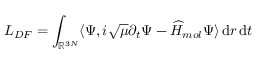
L _ { D F } = \int _ { \ensuremath { \mathbb { R } } ^ { 3 N } } \langle \Psi , i \sqrt { \mu } \partial _ { t } \Psi - \widehat H _ { m o l } \Psi \rangle \, \mathrm { d } r \, \mathrm { d } t